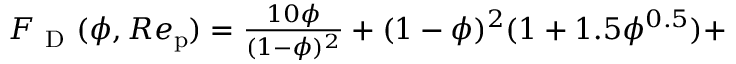
\begin{array} { r l } { { F _ { \mathrm { ~ D ~ } } } ( \phi , R e _ { \mathrm { p } } ) = \frac { 1 0 \phi } { ( 1 - \phi ) ^ { 2 } } + ( 1 - \phi ) ^ { 2 } ( 1 + 1 . 5 \phi ^ { 0 . 5 } ) + } \end{array}